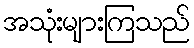
အသုံးများကြသည်